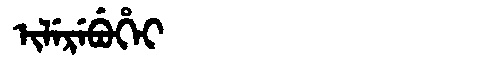
Manchu: ᡳᠯᡝᡵᡝᠪᡠᡥᡝᡳ
Romanization: ILEREBUHEI